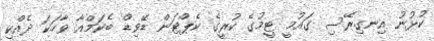
ކުޅުނު އިނގިރޭސި ގައުމީ ޓީމުގެ ކުރީގެ ކެޕްޓަން ޑޭވިޑް ބެކަމްއާ ވާހަކަ ދެއްކި